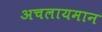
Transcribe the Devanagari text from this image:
अचलायमान